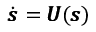
\begin{array} { r } { \dot { \pmb { s } } = \pmb { U } ( \pmb { s } ) } \end{array}